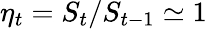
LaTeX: \eta_{t}=S_{t}/S_{t-1}\simeq 1